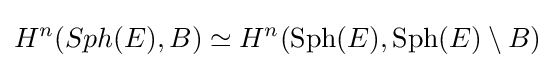
H^{n}(Sph(E),B)\simeq H^{n}(\operatorname {Sph} (E),\operatorname {Sph} (E)\setminus B)